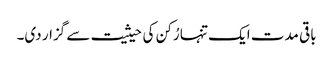
باقی مدت ایک تنہا رُکن کی حیثیت سے گزار دی۔